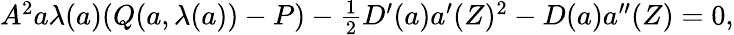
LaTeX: \begin{array}{r}{A^{2}{a}\lambda({a})(Q({a},\lambda({a}))-P)-\frac{1}{2}D^{\prime}({a}){a}^{\prime}(Z)^{2}-D({a}){a}^{\prime\prime}(Z)=0,}\end{array}